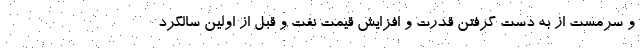
و سرمست از به دست گرفتن قدرت و افزایش قیمت نفت و قبل از اولین سالگرد